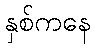
နှစ်ကနေ